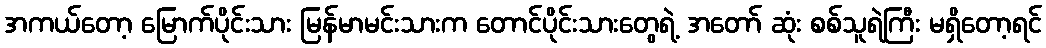
အကယ်တော့ မြောက်ပိုင်းသား မြန်မာမင်းသားက တောင်ပိုင်းသားတွေရဲ့ အတော် ဆုံး စစ်သူရဲကြီး မရှိတော့ရင်